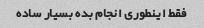
فقط اینطوری انجام بده بسیار ساده